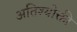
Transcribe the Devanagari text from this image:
अतिश्योक्ती